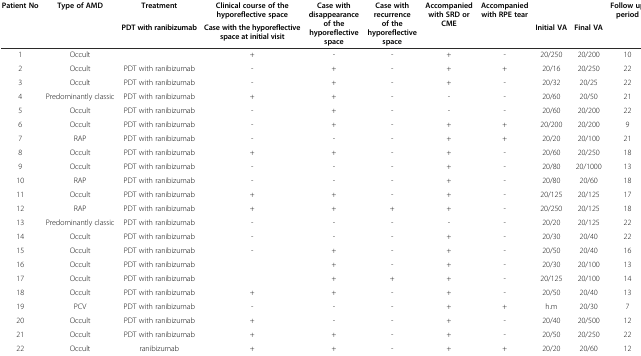
<table><thead><tr><td><b>Patient No</b></td><td><b>Type of AMD</b></td><td><b>Treatment</b></td><td><b>Clinical course of the hyporeflective space</b></td><td rowspan="2"><b>Case with disappearance of the hyporeflective space</b></td><td rowspan="2"><b>Case with recurrence of the hyporeflective space</b></td><td rowspan="2"><b>Accompanied with SRD or CME</b></td><td rowspan="2"><b>Accompanied with RPE tear</b></td><td></td><td></td><td rowspan="2"><b>Follow up period</b></td></tr><tr><td></td><td></td><td><b>PDT with ranibizumab</b></td><td><b>Case with the hyporeflective space at initial visit</b></td><td><b>Initial VA</b></td><td><b>Final VA</b></td></tr></thead><tbody><tr><td>1</td><td>Occult</td><td></td><td>+</td><td>-</td><td>-</td><td>+</td><td>-</td><td>20/250</td><td>20/200</td><td>10</td></tr><tr><td>2</td><td>Occult</td><td>PDT with ranibizumab</td><td>-</td><td>+</td><td>-</td><td>+</td><td>+</td><td>20/16</td><td>20/250</td><td>22</td></tr><tr><td>3</td><td>Occult</td><td>PDT with ranibizumab</td><td>-</td><td>+</td><td>-</td><td>+</td><td>-</td><td>20/32</td><td>20/25</td><td>22</td></tr><tr><td>4</td><td>Predominantly classic</td><td>PDT with ranibizumab</td><td>+</td><td>+</td><td>-</td><td>-</td><td>-</td><td>20/60</td><td>20/50</td><td>21</td></tr><tr><td>5</td><td>Occult</td><td>PDT with ranibizumab</td><td>-</td><td>+</td><td>-</td><td>-</td><td>-</td><td>20/60</td><td>20/200</td><td>22</td></tr><tr><td>6</td><td>Occult</td><td>PDT with ranibizumab</td><td>-</td><td>+</td><td>-</td><td>+</td><td>+</td><td>20/200</td><td>20/200</td><td>9</td></tr><tr><td>7</td><td>RAP</td><td>PDT with ranibizumab</td><td>-</td><td>-</td><td>-</td><td>+</td><td>+</td><td>20/20</td><td>20/100</td><td>21</td></tr><tr><td>8</td><td>Occult</td><td>PDT with ranibizumab</td><td>+</td><td>+</td><td>-</td><td>+</td><td>-</td><td>20/60</td><td>20/250</td><td>18</td></tr><tr><td>9</td><td>Occult</td><td>PDT with ranibizumab</td><td>-</td><td>-</td><td>-</td><td>+</td><td>-</td><td>20/80</td><td>20/1000</td><td>13</td></tr><tr><td>10</td><td>RAP</td><td>PDT with ranibizumab</td><td>-</td><td>-</td><td>-</td><td>+</td><td>-</td><td>20/80</td><td>20/60</td><td>18</td></tr><tr><td>11</td><td>Occult</td><td>PDT with ranibizumab</td><td>+</td><td>+</td><td>-</td><td>+</td><td>-</td><td>20/125</td><td>20/125</td><td>17</td></tr><tr><td>12</td><td>RAP</td><td>PDT with ranibizumab</td><td>+</td><td>+</td><td>+</td><td>+</td><td>-</td><td>20/250</td><td>20/125</td><td>18</td></tr><tr><td>13</td><td>Predominantly classic</td><td>PDT with ranibizumab</td><td>-</td><td>-</td><td>-</td><td>-</td><td>-</td><td>20/20</td><td>20/125</td><td>22</td></tr><tr><td>14</td><td>Occult</td><td>PDT with ranibizumab</td><td>-</td><td>-</td><td>-</td><td>+</td><td>-</td><td>20/30</td><td>20/40</td><td>22</td></tr><tr><td>15</td><td>Occult</td><td>PDT with ranibizumab</td><td>-</td><td>+</td><td>-</td><td>+</td><td>-</td><td>20/50</td><td>20/40</td><td>16</td></tr><tr><td>16</td><td>Occult</td><td>PDT with ranibizumab</td><td></td><td>+</td><td>-</td><td>+</td><td>-</td><td>20/30</td><td>20/100</td><td>13</td></tr><tr><td>17</td><td>Occult</td><td>PDT with ranibizumab</td><td></td><td>+</td><td>+</td><td>+</td><td>-</td><td>20/125</td><td>20/100</td><td>14</td></tr><tr><td>18</td><td>Occult</td><td>PDT with ranibizumab</td><td>+</td><td>+</td><td>-</td><td>+</td><td>-</td><td>20/50</td><td>20/40</td><td>13</td></tr><tr><td>19</td><td>PCV</td><td>PDT with ranibizumab</td><td>-</td><td>-</td><td>-</td><td>+</td><td>+</td><td>h.m</td><td>20/30</td><td>7</td></tr><tr><td>20</td><td>Occult</td><td>PDT with ranibizumab</td><td>+</td><td>-</td><td>-</td><td>+</td><td>-</td><td>20/40</td><td>20/500</td><td>12</td></tr><tr><td>21</td><td>Occult</td><td>PDT with ranibizumab</td><td>+</td><td>+</td><td>-</td><td>+</td><td>-</td><td>20/50</td><td>20/250</td><td>22</td></tr><tr><td>22</td><td>Occult</td><td>ranibizumab</td><td>+</td><td>+</td><td>-</td><td>+</td><td>+</td><td>20/20</td><td>20/60</td><td>12</td></tr></tbody></table>